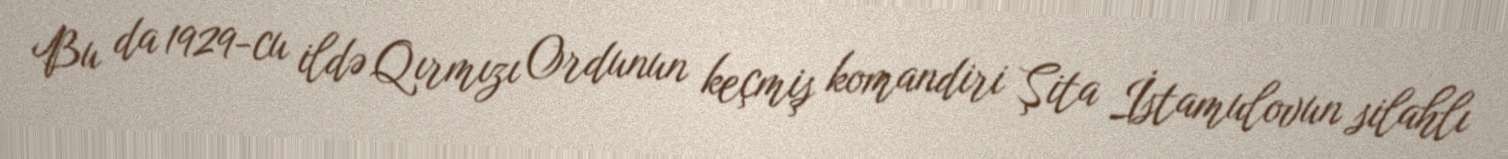
Bu da 1929-cu ildə Qırmızı Ordunun keçmiş komandiri Şita İstamulovun silahlı